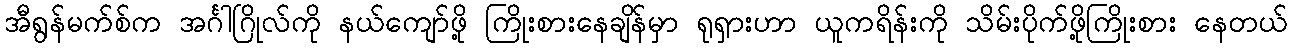
အီရွန်မက်စ်က အင်္ဂါဂြိုလ်ကို နယ်ကျော်ဖို့ ကြိုးစားနေချိန်မှာ ရုရှားဟာ ယူကရိန်းကို သိမ်းပိုက်ဖို့ကြိုးစား နေတယ်